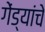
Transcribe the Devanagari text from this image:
गेंड्यांचे